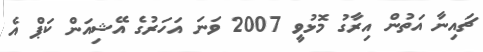
ޗައިނާ އަތުން އިރާގު މޮޅުވީ 2007 ވަނަ އަހަރުގެ އޭޝިއަން ކަޕް އެ